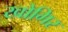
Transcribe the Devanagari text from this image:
खोगिर